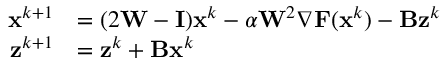
\begin{array} { r l } { { \mathbf { x } } ^ { k + 1 } } & { = ( 2 { \mathbf { W } } - { \mathbf { I } } ) { \mathbf { x } } ^ { k } - \alpha { \mathbf { W } } ^ { 2 } { \nabla } { \mathbf { F } } ( { \mathbf { x } } ^ { k } ) - \mathbf { B } { \mathbf { z } } ^ { k } } \\ { { \mathbf { z } } ^ { k + 1 } } & { = { \mathbf { z } } ^ { k } + \mathbf { B } { \mathbf { x } } ^ { k } } \end{array}